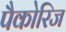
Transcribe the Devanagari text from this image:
पैकोरिज